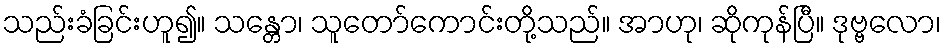
သည်းခံခြင်းဟူ၍။ သန္တော၊ သူတော်ကောင်းတို့သည်။ အာဟု၊ ဆိုကုန်ပြီ။ ဒုဗ္ဗလော၊